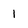
Character: 1